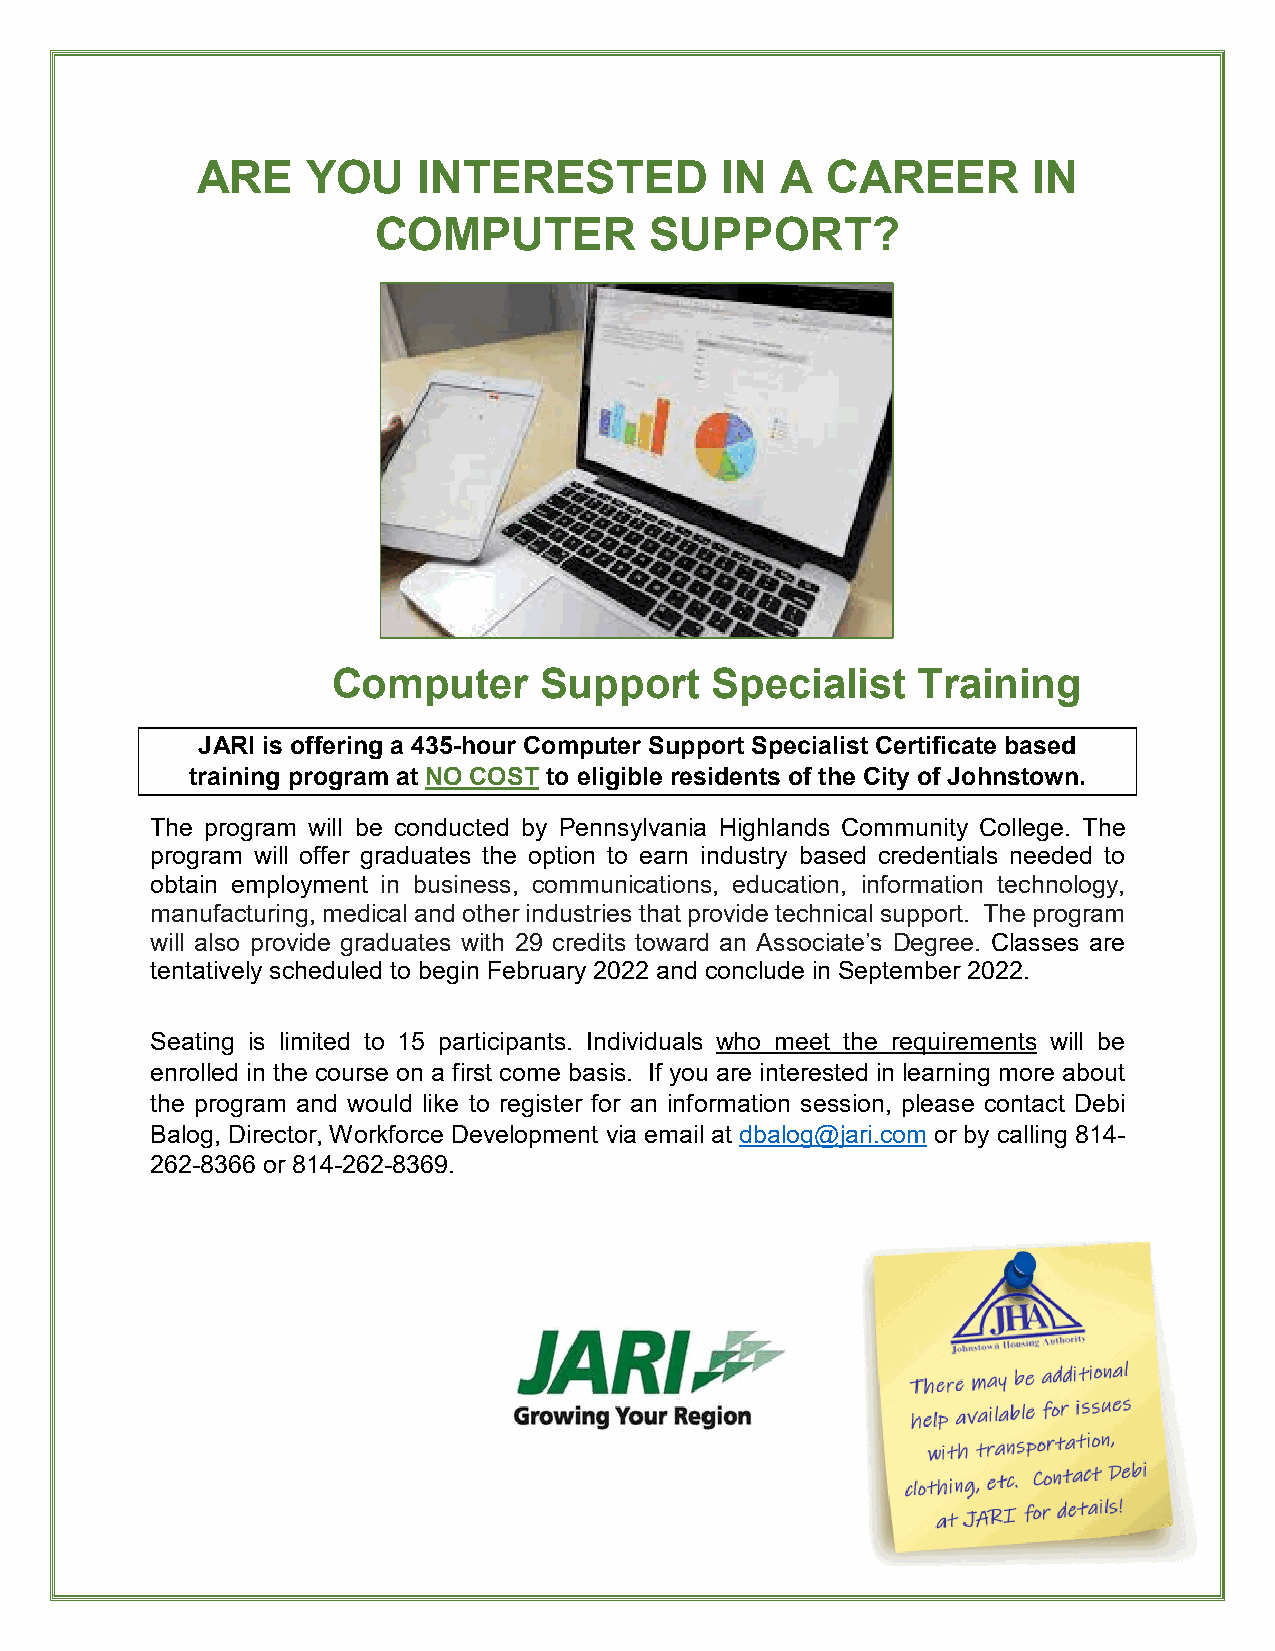
ARE    YOU     INTERESTED          IN  A  CAREER       IN
 COMPUTER          SUPPORT?
 Computer      Support    Specialist    Training
 JARI is offering a 435-hour Computer Support Specialist Certificate based
 training program at NO COST to eligible residents of the City of Johnstown.
 The program will be conducted by Pennsylvania Highlands Community College. The
 program will offer graduates the option to earn industry based credentials needed to
 obtain employment in business, communications, education, information technology,
 manufacturing, medical and other industries that provide technical support. The program
 will also provide graduates with 29 credits toward an Associate’s Degree. Classes are
 tentatively scheduled to begin February 2022 and conclude in September 2022.
 Seating is limited to 15 participants. Individuals who meet the requirements will be
 enrolled in the course on a first come basis. If you are interested in learning more about
 the program and would like to register for an information session, please contact Debi
 Balog, Director, Workforce Development via email at dbalog@jari.com or by calling 814-
 262-8366 or 814-262-8369.